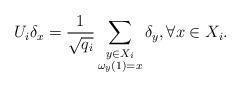
LaTeX: \begin{align*}U_i\delta_x=\frac{1}{\sqrt{q_i}}\sum_{\substack{ y\in X_i\\ \omega_y(1)=x}}\delta_y,\forall x\in X_i.\end{align*}